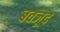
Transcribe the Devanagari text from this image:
बवजूद